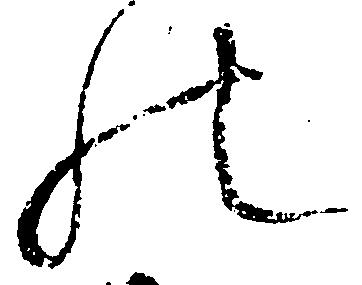
の